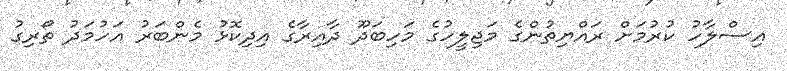
އިސްލާހު ކުރުމަށް ރައްޔިތުންގެ މަޖިލީހުގެ މަހިބަދޫ ދާއިރާގެ އިދިކޮޅު މެންބަރު އަހުމަދު ތޯރިގު